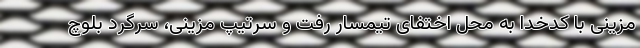
مزینی با کدخدا به محل اختفای تیمسار رفت و سرتیپ مزینی، سرگرد بلوچ